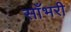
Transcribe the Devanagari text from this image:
साँभरी